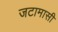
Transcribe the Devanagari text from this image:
जटामासी